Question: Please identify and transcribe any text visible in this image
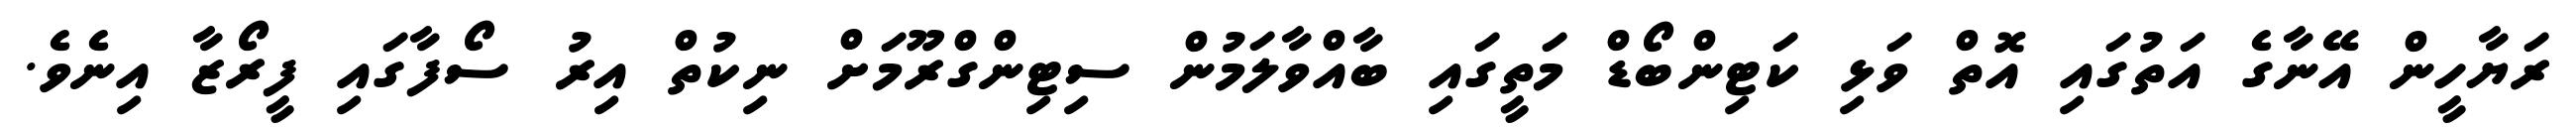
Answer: ރަޔާހީން އޭނާގެ އަތުގައި އޮތް ވަޅި ކަޓިންބޯޑް މަތީގައި ބާއްވާލަމުން ސިޓިންގްރޫމަށް ނިކުތް އިރު ސޯފާގައި ފީރޯޒާ އިނެވެ.